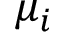
\mu _ { i }